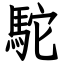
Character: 駝